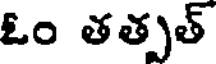
ఓం తత్పత్